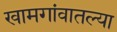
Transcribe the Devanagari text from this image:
खामगांवातल्या